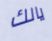
يالك